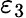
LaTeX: \varepsilon_{3}